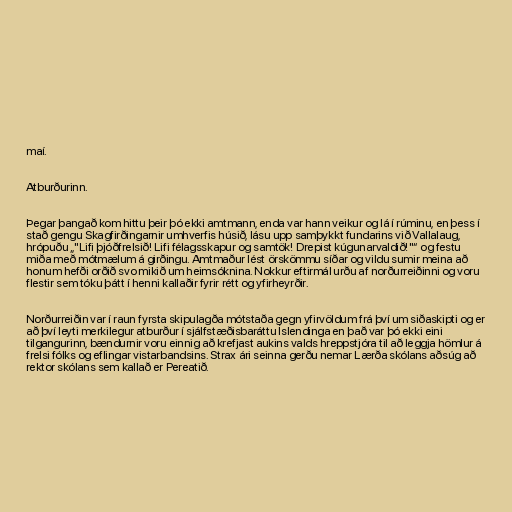
maí.

Atburðurinn.

Þegar þangað kom hittu þeir þó ekki amtmann, enda var hann veikur og lá í rúminu, en þess í
stað gengu Skagfirðingarnir umhverfis húsið, lásu upp samþykkt fundarins við Vallalaug,
hrópuðu „"Lifi þjóðfrelsið! Lifi félagsskapur og samtök! Drepist kúgunarvaldið!"“ og festu
miða með mótmælum á girðingu. Amtmaður lést örskömmu síðar og vildu sumir meina að
honum hefði orðið svo mikið um heimsóknina. Nokkur eftirmál urðu af norðurreiðinni og voru
flestir sem tóku þátt í henni kallaðir fyrir rétt og yfirheyrðir.

Norðurreiðin var í raun fyrsta skipulagða mótstaða gegn yfirvöldum frá því um siðaskipti og er
að því leyti merkilegur atburður í sjálfstæðisbaráttu Íslendinga en það var þó ekki eini
tilgangurinn, bændurnir voru einnig að krefjast aukins valds hreppstjóra til að leggja hömlur á
frelsi fólks og eflingar vistarbandsins. Strax ári seinna gerðu nemar Lærða skólans aðsúg að
rektor skólans sem kallað er Pereatið.